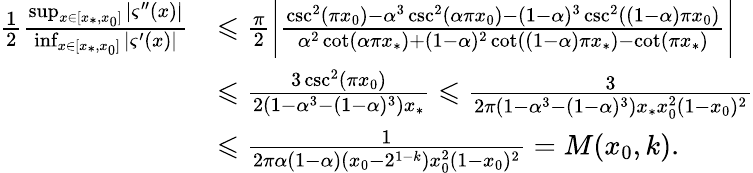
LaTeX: \begin{array}{rl}{\frac{1}{2}\frac{\operatorname*{sup}_{x\in[x_{*},x_{0}]}|\varsigma^{\prime\prime}(x)|}{\operatorname*{inf}_{x\in[x_{*},x_{0}]}|\varsigma^{\prime}(x)|}}&{\leqslant\frac{\pi}{2}\bigg|\frac{\csc^{2}(\pi x_{0})-\alpha^{3}\csc^{2}(\alpha\pi x_{0})-(1-\alpha)^{3}\csc^{2}((1-\alpha)\pi x_{0})}{\alpha^{2}\cot(\alpha\pi x_{*})+(1-\alpha)^{2}\cot((1-\alpha)\pi x_{*})-\cot(\pi x_{*})}\bigg|}\\ &{\leqslant\frac{3\csc^{2}(\pi x_{0})}{2(1-\alpha^{3}-(1-\alpha)^{3})x_{*}}\leqslant\frac{3}{2\pi(1-\alpha^{3}-(1-\alpha)^{3})x_{*}x_{0}^{2}(1-x_{0})^{2}}}\\ &{\leqslant\frac{1}{2\pi\alpha(1-\alpha)(x_{0}-2^{1-k})x_{0}^{2}(1-x_{0})^{2}}=M(x_{0},k).}\end{array}